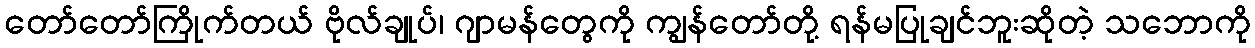
တော်တော်ကြိုက်တယ် ဗိုလ်ချုပ်၊ ဂျာမန်တွေကို ကျွန်တော်တို့ ရန်မပြုချင်ဘူးဆိုတဲ့ သဘောကို